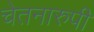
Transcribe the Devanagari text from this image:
चेतनारुपी